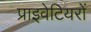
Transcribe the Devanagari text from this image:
प्राइवेटियरों